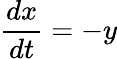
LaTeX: \frac{dx}{dt}=-y